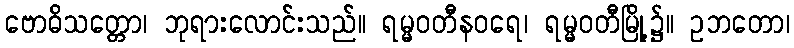
ဗောဓိသတ္တော၊ ဘုရားလောင်းသည်။ ရမ္မဝတီနဝရေ၊ ရမ္မဝတီမြို့၌။ ဥဘတော၊